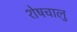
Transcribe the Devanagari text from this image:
शेषचालु